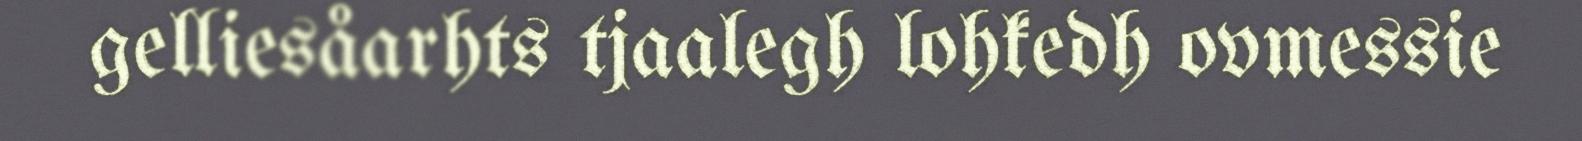
gelliesåarhts tjaalegh lohkedh ovmessie